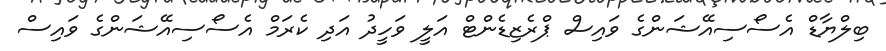
ބިލްޔާޑް އެސޯސިއޭޝަންގެ ވައިސް ޕްރެޒިޑެންޓް އަލީ ވަހީދު އަދި ކެރަމް އެސޯސިއޭޝަންގެ ވައިސް